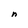
Character: n